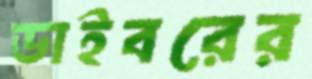
ডাইবরের